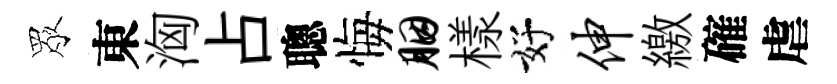
眾東洶占聰悔胭樣好伸繳確虐